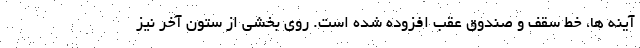
آینه ها، خط سقف و صندوق عقب افزوده شده است. روی بخشی از ستون آخر نیز